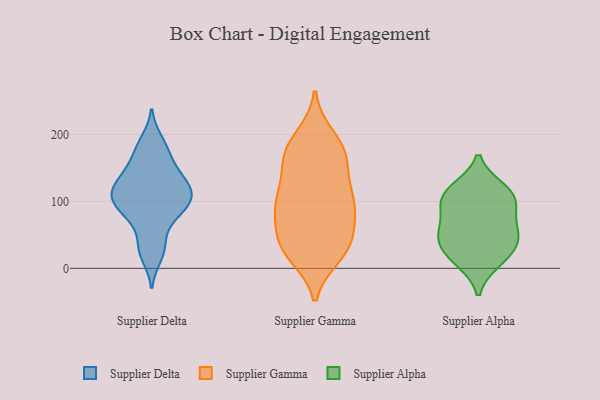
{"axis": {"x": "Churn Rate (%)", "y": "Value"}, "legend": ["Supplier Alpha", "Supplier Delta", "Supplier Gamma"], "data": [{"x": "", "y": 120, "type": "Supplier Delta"}, {"x": "", "y": 88, "type": "Supplier Delta"}, {"x": "", "y": 109, "type": "Supplier Delta"}, {"x": "", "y": 191, "type": "Supplier Delta"}, {"x": "", "y": 115, "type": "Supplier Delta"}, {"x": "", "y": 111, "type": "Supplier Delta"}, {"x": "", "y": 181, "type": "Supplier Delta"}, {"x": "", "y": 168, "type": "Supplier Delta"}, {"x": "", "y": 105, "type": "Supplier Delta"}, {"x": "", "y": 153, "type": "Supplier Delta"}, {"x": "", "y": 134, "type": "Supplier Delta"}, {"x": "", "y": 17, "type": "Supplier Delta"}, {"x": "", "y": 101, "type": "Supplier Delta"}, {"x": "", "y": 71, "type": "Supplier Delta"}, {"x": "", "y": 29, "type": "Supplier Delta"}, {"x": "", "y": 87, "type": "Supplier Delta"}, {"x": "", "y": 38, "type": "Supplier Delta"}, {"x": "", "y": 142, "type": "Supplier Delta"}, {"x": "", "y": 82, "type": "Supplier Delta"}, {"x": "", "y": 129, "type": "Supplier Delta"}, {"x": "", "y": 157, "type": "Supplier Gamma"}, {"x": "", "y": 21, "type": "Supplier Gamma"}, {"x": "", "y": 30, "type": "Supplier Gamma"}, {"x": "", "y": 180, "type": "Supplier Gamma"}, {"x": "", "y": 88, "type": "Supplier Gamma"}, {"x": "", "y": 34, "type": "Supplier Gamma"}, {"x": "", "y": 89, "type": "Supplier Gamma"}, {"x": "", "y": 104, "type": "Supplier Gamma"}, {"x": "", "y": 82, "type": "Supplier Gamma"}, {"x": "", "y": 195, "type": "Supplier Gamma"}, {"x": "", "y": 36, "type": "Supplier Gamma"}, {"x": "", "y": 30, "type": "Supplier Gamma"}, {"x": "", "y": 99, "type": "Supplier Gamma"}, {"x": "", "y": 177, "type": "Supplier Gamma"}, {"x": "", "y": 170, "type": "Supplier Gamma"}, {"x": "", "y": 43, "type": "Supplier Gamma"}, {"x": "", "y": 122, "type": "Supplier Gamma"}, {"x": "", "y": 98, "type": "Supplier Gamma"}, {"x": "", "y": 159, "type": "Supplier Gamma"}, {"x": "", "y": 112, "type": "Supplier Alpha"}, {"x": "", "y": 55, "type": "Supplier Alpha"}, {"x": "", "y": 118, "type": "Supplier Alpha"}, {"x": "", "y": 54, "type": "Supplier Alpha"}, {"x": "", "y": 83, "type": "Supplier Alpha"}, {"x": "", "y": 109, "type": "Supplier Alpha"}, {"x": "", "y": 44, "type": "Supplier Alpha"}, {"x": "", "y": 16, "type": "Supplier Alpha"}, {"x": "", "y": 36, "type": "Supplier Alpha"}, {"x": "", "y": 11, "type": "Supplier Alpha"}, {"x": "", "y": 96, "type": "Supplier Alpha"}]}